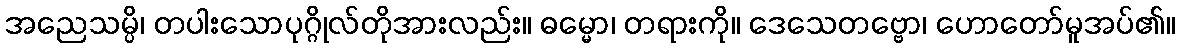
အညေသမ္ပိ၊ တပါးသောပုဂ္ဂိုလ်တိုအားလည်း။ ဓမ္မော၊ တရားကို။ ဒေသေတဗ္ဗော၊ ဟောတော်မူအပ်၏။